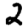
Digit: 2